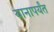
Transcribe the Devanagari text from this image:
यानापर्यंत